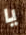
يا